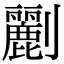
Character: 𠠫